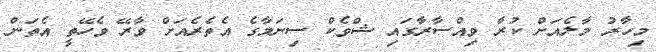
މިހާރު މާލެއަށް ކުރާ ވިއްސާރާގައި ޝްވެކް ސިނަމާގެ އެތެރެއަށް ވާރޭ ވެހޭތީ އެތަން